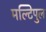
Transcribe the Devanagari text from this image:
मल्टिपुल